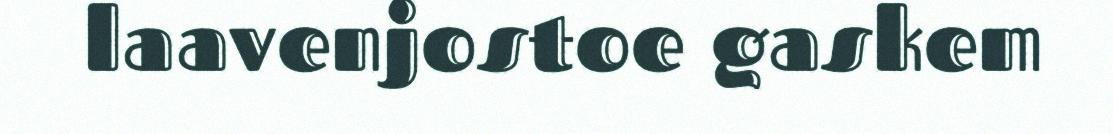
laavenjostoe gaskem